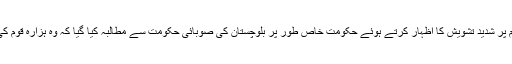
ایمنسٹی انٹرنیشنل پاکستان کے اجلاس میں کوئٹہ میں ہزارہ شیعہ مسلمانوں کے قتل عام پر شدید تشویش کا اظہار کرتے ہوئے حکومت خاص طور پر بلوچستان کی صوبائی حکومت سے مطالبہ کیا گیا کہ وہ ہزارہ قوم کی جان و مال کے تحفظ کو یقینی بنائے اور متاثرین کے لئے خصوصی سیل قائم کرے۔